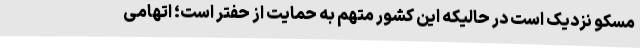
مسکو نزدیک است در حالیکه این کشور متهم به حمایت از حفتر است؛ اتهامی